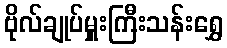
ဗိုလ်ချုပ်မှူးကြီးသန်းရွှေ